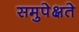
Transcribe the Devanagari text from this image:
समुपेक्षते